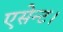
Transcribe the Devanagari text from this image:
एसेन्ट।